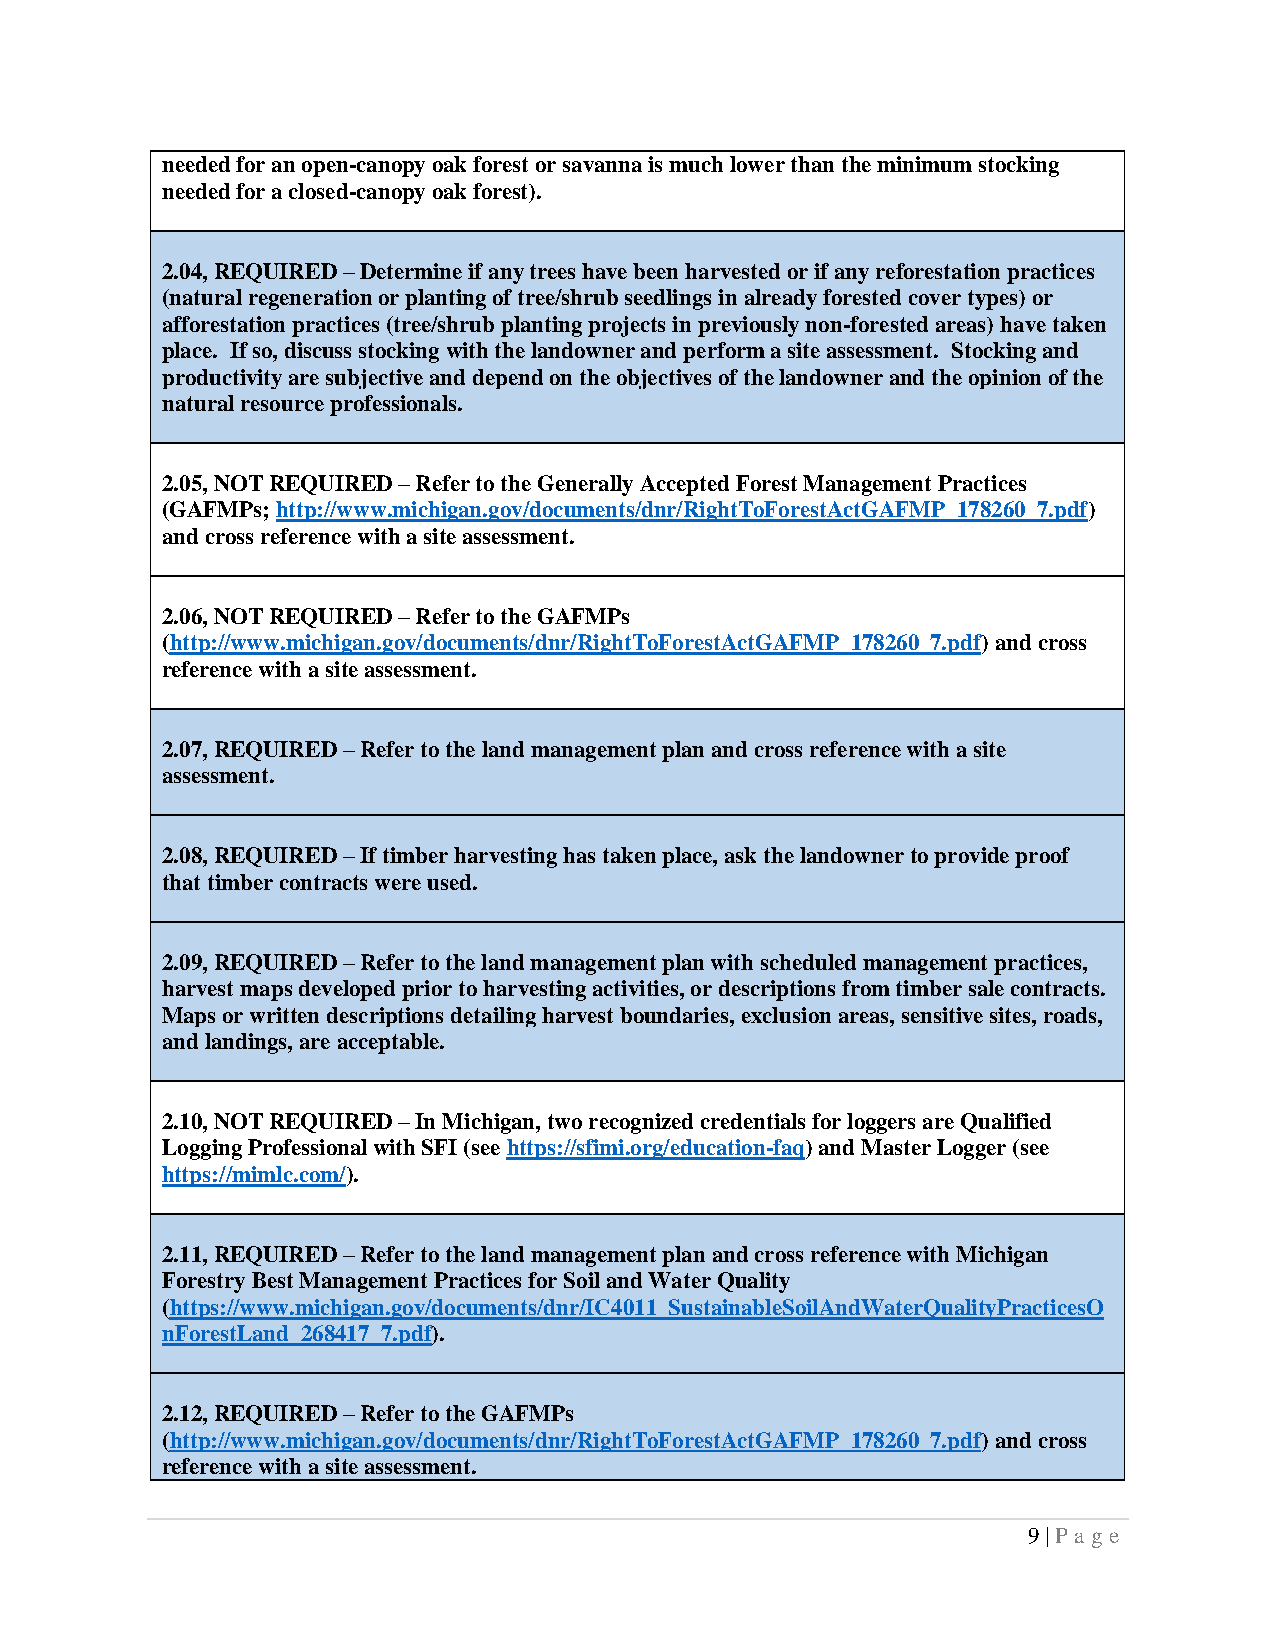
needed for an open-canopy oak forest or savanna is much lower than the minimum stocking
 needed for a closed-canopy oak forest).
 2.04, REQUIRED – Determine if any trees have been harvested or if any reforestation practices
 (natural regeneration or planting of tree/shrub seedlings in already forested cover types) or
 afforestation practices (tree/shrub planting projects in previously non-forested areas) have taken
 place. If so, discuss stocking with the landowner and perform a site assessment. Stocking and
 productivity are subjective and depend on the objectives of the landowner and the opinion of the
 natural resource professionals.
 2.05, NOT REQUIRED – Refer to the Generally Accepted Forest Management Practices
 (GAFMPs; http://www.michigan.gov/documents/dnr/RightToForestActGAFMP_178260_7.pdf)
 and cross reference with a site assessment.
 2.06, NOT REQUIRED – Refer to the GAFMPs
 (http://www.michigan.gov/documents/dnr/RightToForestActGAFMP_178260_7.pdf) and cross
 reference with a site assessment.
 2.07, REQUIRED – Refer to the land management plan and cross reference with a site
 assessment.
 2.08, REQUIRED – If timber harvesting has taken place, ask the landowner to provide proof
 that timber contracts were used.
 2.09, REQUIRED – Refer to the land management plan with scheduled management practices,
 harvest maps developed prior to harvesting activities, or descriptions from timber sale contracts.
 Maps or written descriptions detailing harvest boundaries, exclusion areas, sensitive sites, roads,
 and landings, are acceptable.
 2.10, NOT REQUIRED – In Michigan, two recognized credentials for loggers are Qualified
 Logging Professional with SFI (see https://sfimi.org/education-faq) and Master Logger (see
 https://mimlc.com/).
 2.11, REQUIRED – Refer to the land management plan and cross reference with Michigan
 Forestry Best Management Practices for Soil and Water Quality
 (https://www.michigan.gov/documents/dnr/IC4011_SustainableSoilAndWaterQualityPracticesO
 nForestLand_268417_7.pdf).
 2.12, REQUIRED – Refer to the GAFMPs
 (http://www.michigan.gov/documents/dnr/RightToForestActGAFMP_178260_7.pdf) and cross
 reference with a site assessment.
 9 | Pa ge